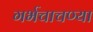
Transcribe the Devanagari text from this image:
गर्भचाचण्या